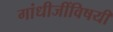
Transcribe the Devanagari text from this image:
गांधीजींविषयी